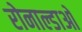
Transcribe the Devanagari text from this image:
रोनाल्डाओ